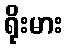
ရိုးမား